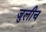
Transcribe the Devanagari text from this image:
जुलीच